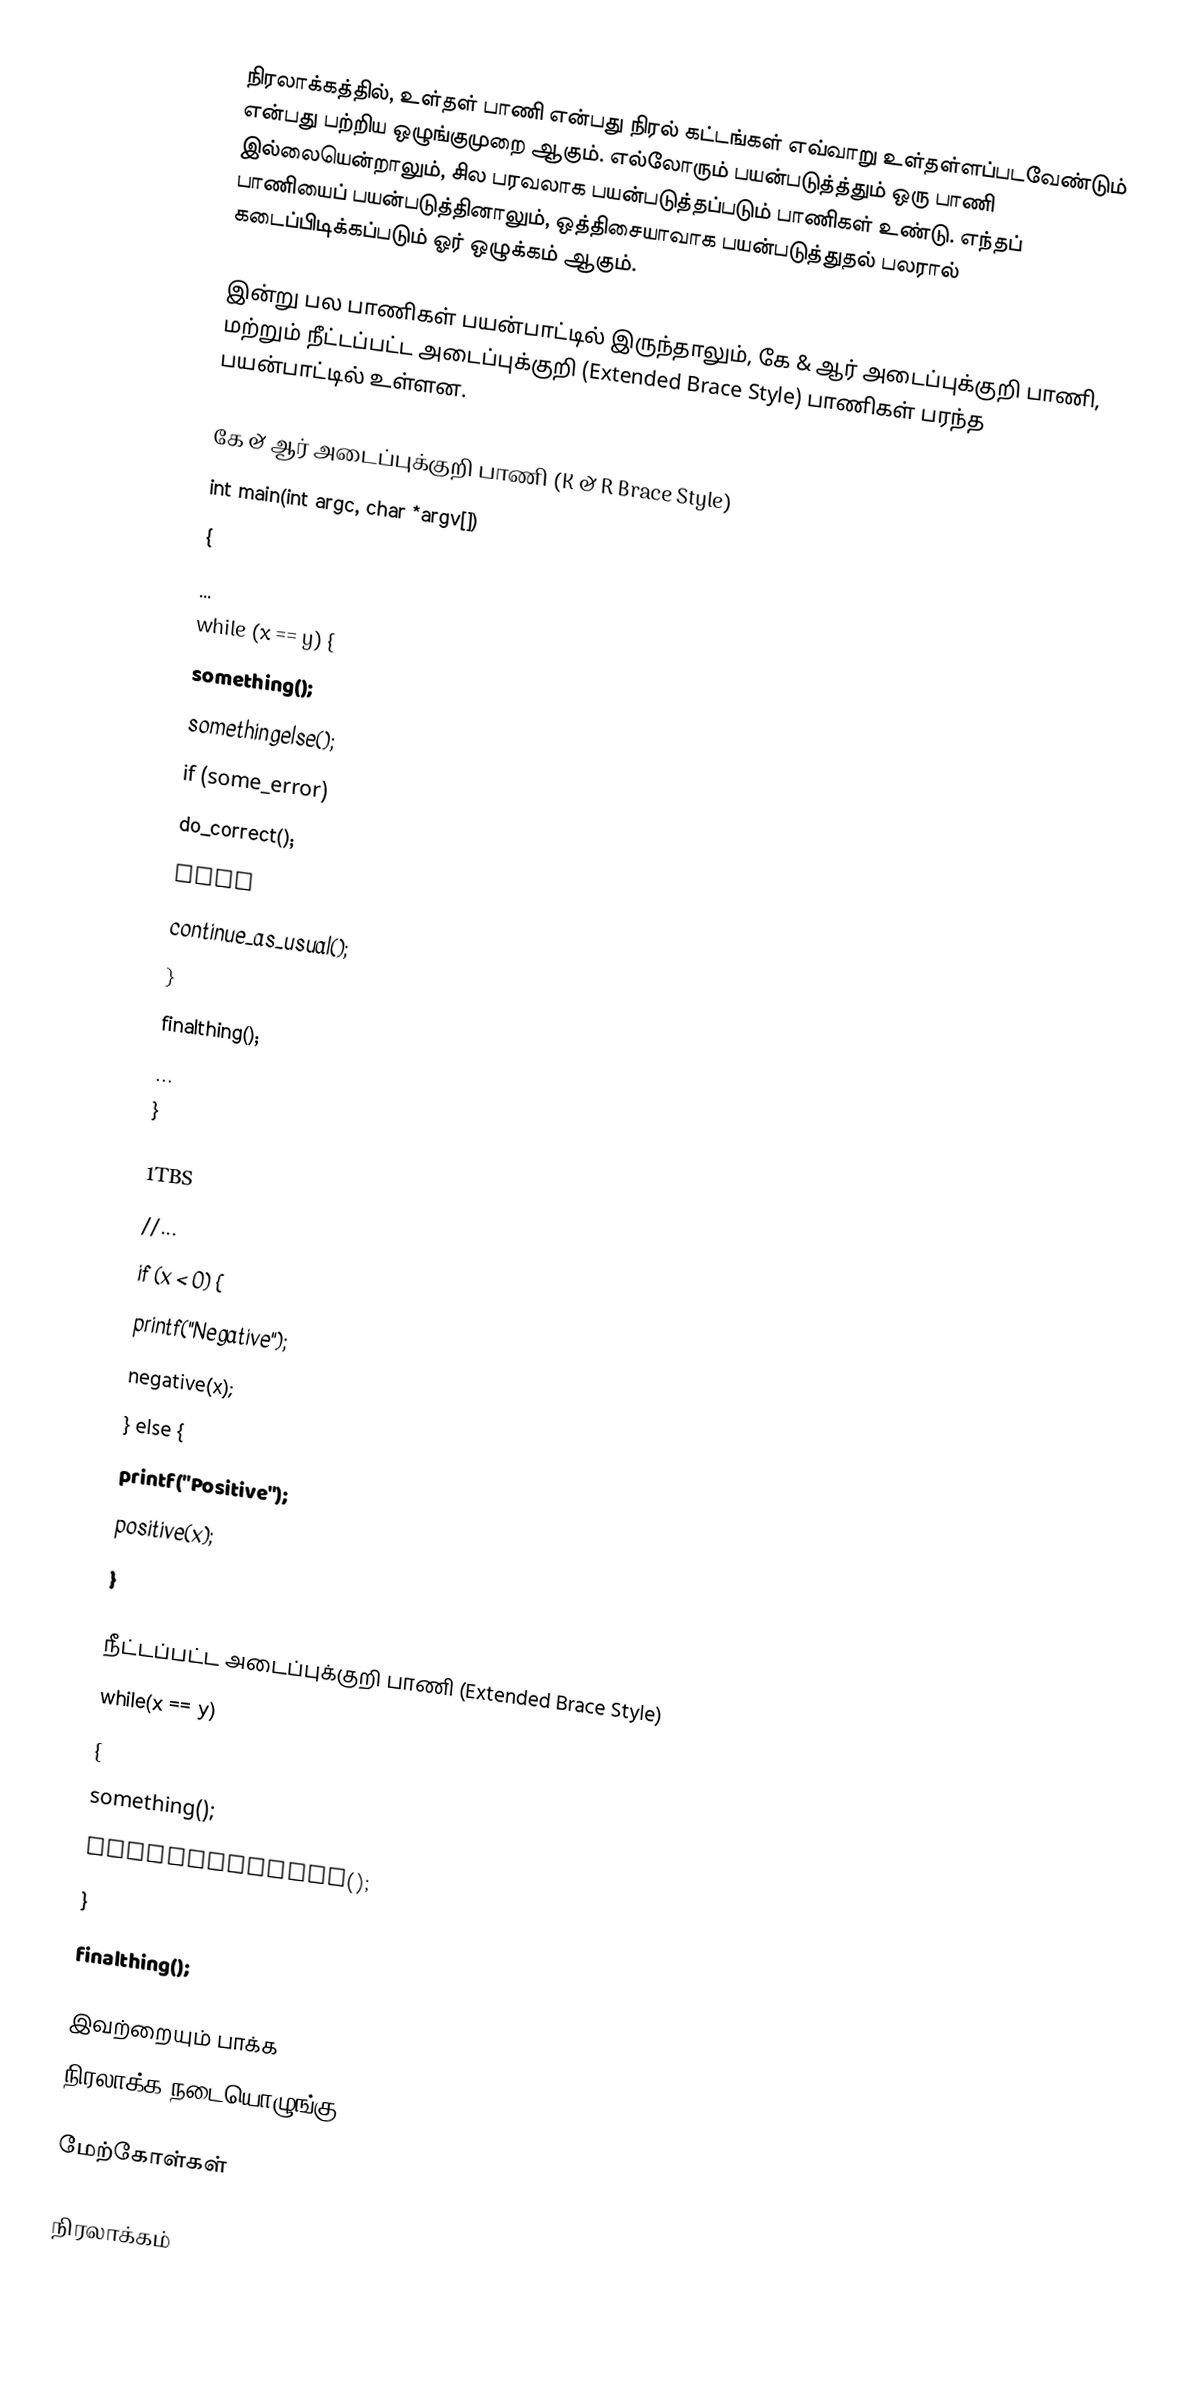
நிரலாக்கத்தில், உள்தள் பாணி என்பது நிரல் கட்டங்கள் எவ்வாறு உள்தள்ளப்படவேண்டும் என்பது பற்றிய ஒழுங்குமுறை ஆகும். எல்லோரும் பயன்படுத்த்தும் ஒரு பாணி இல்லையென்றாலும், சில பரவலாக பயன்படுத்தப்படும் பாணிகள் உண்டு. எந்தப் பாணியைப் பயன்படுத்தினாலும், ஒத்திசையாவாக பயன்படுத்துதல் பலரால் கடைப்பிடிக்கப்படும் ஓர் ஒழுக்கம் ஆகும்.

இன்று பல பாணிகள் பயன்பாட்டில் இருந்தாலும், கே & ஆர் அடைப்புக்குறி பாணி, மற்றும் நீட்டப்பட்ட அடைப்புக்குறி (Extended Brace Style) பாணிகள் பரந்த பயன்பாட்டில் உள்ளன.

கே & ஆர் அடைப்புக்குறி பாணி (K & R Brace Style)
int main(int argc, char *argv[])
{
    ...
    while (x == y) {
        something();
        somethingelse();
        if (some_error)
            do_correct();
        else
            continue_as_usual();
    }
    finalthing();
    ...
}

1TBS
//...
    if (x < 0) {
        printf("Negative");
        negative(x);
    } else {
        printf("Positive");
        positive(x);
    }

நீட்டப்பட்ட அடைப்புக்குறி பாணி (Extended Brace Style)
while(x == y)
{
    something();
    somethingelse();
}
finalthing();

இவற்றையும் பாக்க
 நிரலாக்க நடையொழுங்கு

மேற்கோள்கள்

நிரலாக்கம்